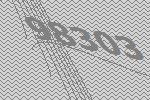
98303